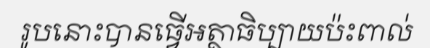
រូបនោះបានធ្វើអត្ថាធិប្បាយប៉ះពាល់